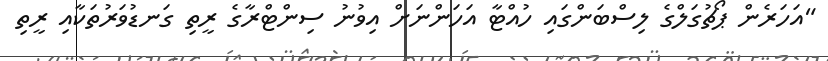
"އަހަރެން ޕޯޗުގަލްގެ ލިސްބަންގައި ހުއްޓާ އަހަންނަށް އިވުނު ސިންޓްރާގެ ރީތި ގަނޑުވަރުތަކާއި ރީތި